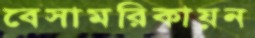
বেসামরিকায়ন